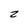
Character: z